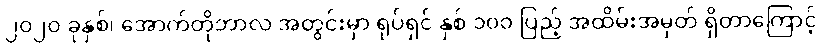
၂၀၂၀ ခုနှစ်၊ အောက်တိုဘာလ အတွင်းမှာ ရုပ်ရှင် နှစ် ၁၀၀ ပြည့် အထိမ်းအမှတ် ရှိတာကြောင့်